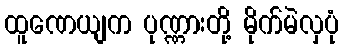
ထူဏေယျက ပုဏ္ဏားတို့ မိုက်မဲလှပုံ